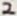
Text: 2